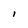
Character: l